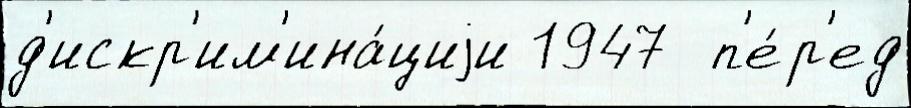
д'искр'им'ина́циjи 1947  п'е́р'ед